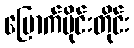
မြောက်ပိုင်းတိုင်း